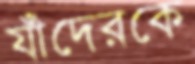
যাঁদেরকে